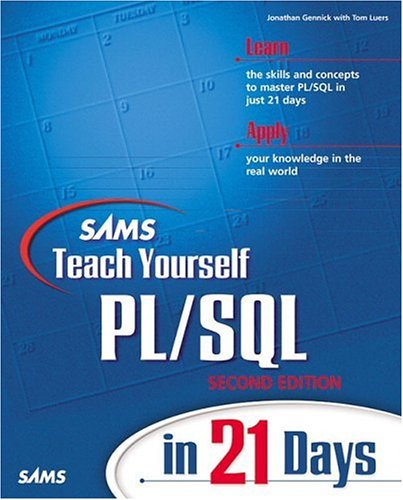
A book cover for Sams Teach Yourself PL/SQL in 21 Days (2nd Edition); Jonathan Gennick; Computers & Technology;